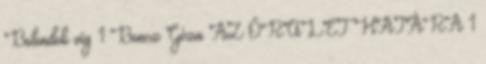
Bolondok víg 1 Boncz Géza AZ ŐRÜLET HATÁRA 1